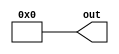
module plusarg_reader #(parameter FORMAT="borked=%d", DEFAULT=0) (
   output [31:0] out
);

`ifdef SYNTHESIS
assign out = DEFAULT;
`else
reg [31:0] myplus;
assign out = myplus;

initial begin
   if (!$value$plusargs(FORMAT, myplus)) myplus = DEFAULT;
end
`endif

endmodule